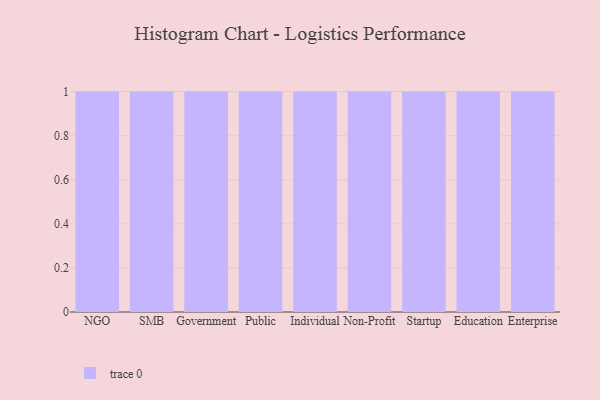
{"axis": {"x": "Segment", "y": "Budget (USD K)"}, "legend": [""], "data": [{"x": "NGO", "y": 39, "type": ""}, {"x": "SMB", "y": 15, "type": ""}, {"x": "Government", "y": 61, "type": ""}, {"x": "Public", "y": 46, "type": ""}, {"x": "Individual", "y": 16, "type": ""}, {"x": "Non-Profit", "y": 78, "type": ""}, {"x": "Startup", "y": 93, "type": ""}, {"x": "Education", "y": 53, "type": ""}, {"x": "Enterprise", "y": 16, "type": ""}]}